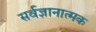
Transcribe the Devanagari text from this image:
सर्वज्ञानात्मक